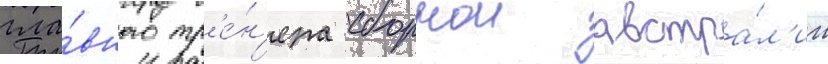
гла́вного тр'е́н'ера сборнои австра́л'ии